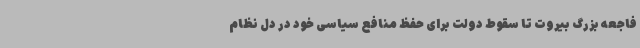
فاجعه بزرگ بیروت تا سقوط دولت برای حفظ منافع سیاسی خود در دل نظام